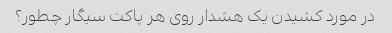
در مورد کشیدن یک هشدار روی هر پاکت سیگار چطور؟